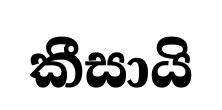
කීසායි